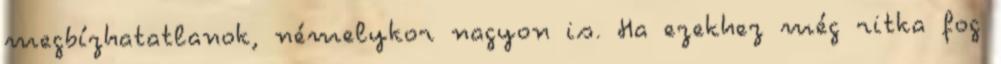
megbízhatatlanok, némelykor nagyon is. Ha ezekhez még ritka fog